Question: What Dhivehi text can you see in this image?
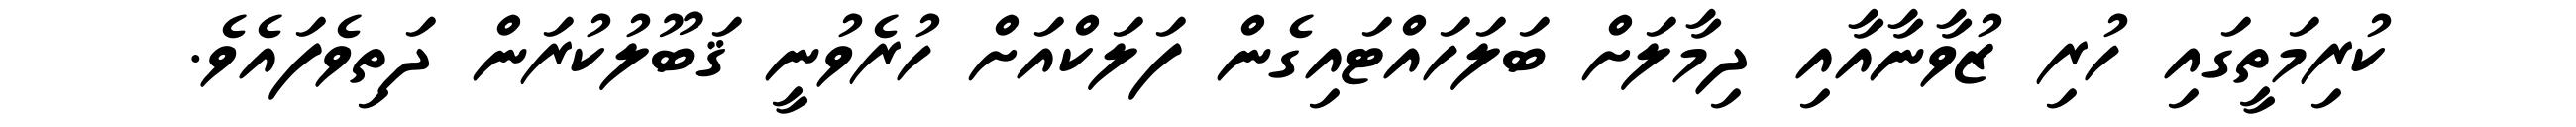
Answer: ކުރިމަތީގައި ހުރި ޒުވާނާއާއި ދިމާލަށް ބަލަހައްޓައިގެން ފަލަކްއަށް ހުރެވުނީ ޤަބޫލުކުރަން ދަތިވެފައެވެ.